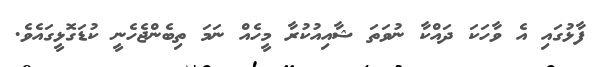
ފާޅުގައި އެ ވާހަކަ ދައްކާ ނުވަތަ ޝާއިއުކުރާ މީހެއް ނަމަ ތިބެންޖެހެނީ ކުޑަގޮޅީގައެވެ.